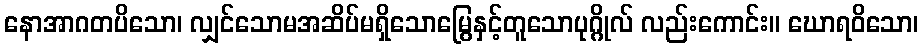
နောအာဂတပိသော၊ လျှင်သောမအဆိပ်မရှိသောမြွေနှင့်တူသောပုဂ္ဂိုလ် လည်းကောင်း။ ဃောရဝိသော၊